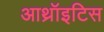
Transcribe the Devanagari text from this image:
आथ्रॉइटिस